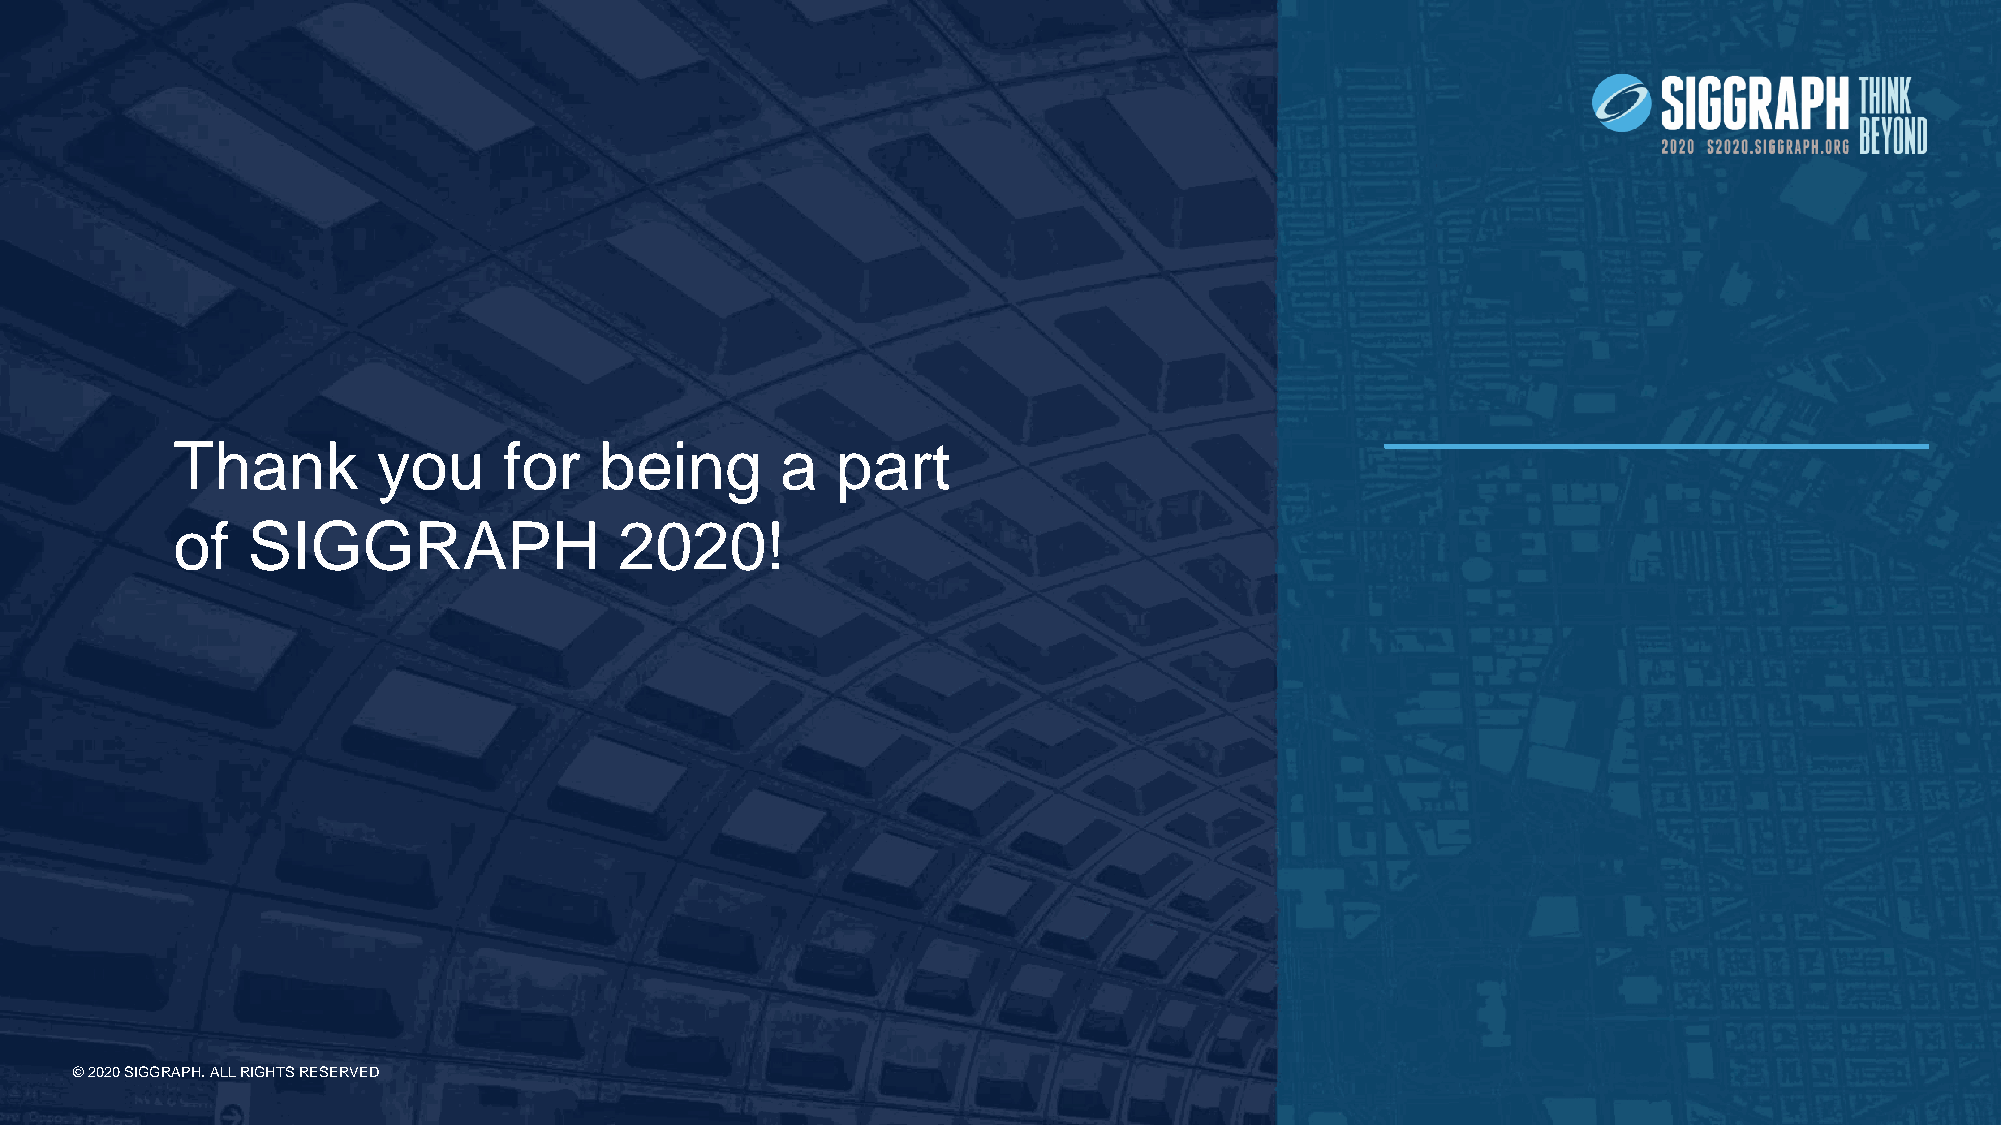
Thank         you     for    being       a  part
 of   SIGGRAPH                 2020!
 © 2020 SIGGRAPH. ALL RIGHTS RESERVED